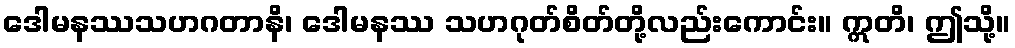
ဒေါမနဿသဟဂတာနိ၊ ဒေါမနဿ သဟဂုတ်စိတ်တို့လည်းကောင်း။ ဣတိ၊ ဤသို့။